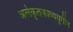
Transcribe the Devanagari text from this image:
अलंकृतकाव्ययुगीन